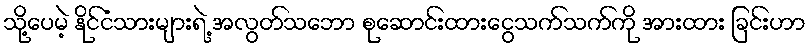
သို့ပေမဲ့ နိုင်ငံသားများရဲ့ အလွတ်သဘော စုဆောင်းထားငွေသက်သက်ကို အားထား ခြင်းဟာ